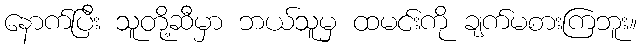
နောက်ပြီး သူတို့ဆီမှာ ဘယ်သူမှ ထမင်းကို ချက်မစားကြဘူး။